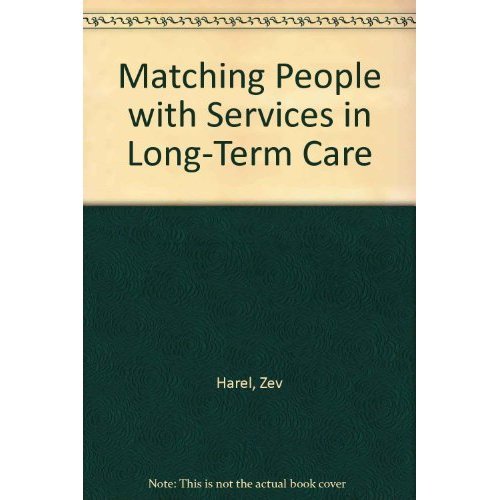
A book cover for Matching People With Services in Long-Term Care; Medical Books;